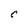
Character: C